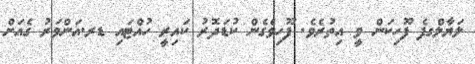
ލަޔާލްގފެ ފޫހިކަން ވީ އިތުރެވެ. ފޫހިވެގެން ކުޑަދޮރު ކައިރީ ހުއްޓައި ޑރ.އަންވަރު ގެއަށް